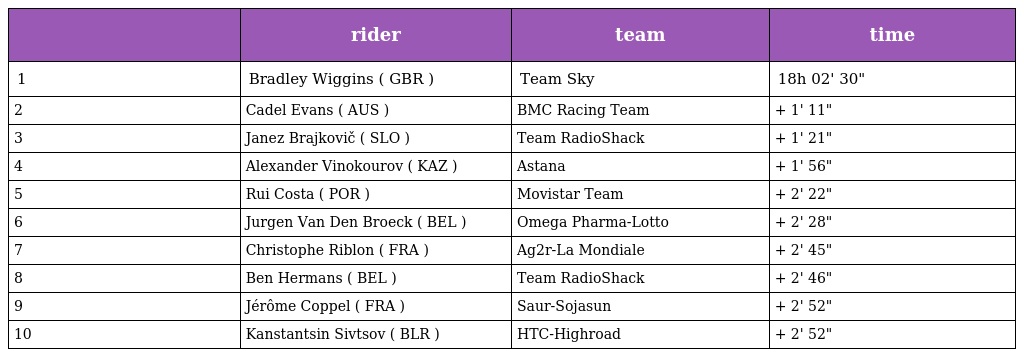
|  | rider | team | time |
 | --- | --- | --- | --- |
 | 1 | Bradley Wiggins ( GBR ) | Team Sky | 18h 02' 30" |
 | 2 | Cadel Evans ( AUS ) | BMC Racing Team | + 1' 11" |
 | 3 | Janez Brajkovič ( SLO ) | Team RadioShack | + 1' 21" |
 | 4 | Alexander Vinokourov ( KAZ ) | Astana | + 1' 56" |
 | 5 | Rui Costa ( POR ) | Movistar Team | + 2' 22" |
 | 6 | Jurgen Van Den Broeck ( BEL ) | Omega Pharma-Lotto | + 2' 28" |
 | 7 | Christophe Riblon ( FRA ) | Ag2r-La Mondiale | + 2' 45" |
 | 8 | Ben Hermans ( BEL ) | Team RadioShack | + 2' 46" |
 | 9 | Jérôme Coppel ( FRA ) | Saur-Sojasun | + 2' 52" |
 | 10 | Kanstantsin Sivtsov ( BLR ) | HTC-Highroad | + 2' 52" |